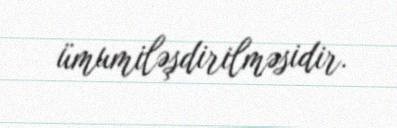
ümumiləşdirilməsidir.